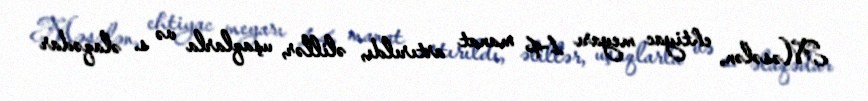
Məsələn, ehtiyac meyarı 14 manat artırıldı, əlillər, uşaqlarla və s. əlaqədar